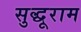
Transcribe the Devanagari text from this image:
सुद्धूराम